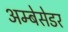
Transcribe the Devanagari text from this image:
अम्बेसेडर